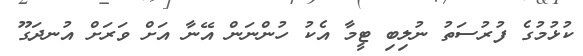
ކުޅުމުގެ ފުރުސަތު ނުލިބި ޓީމާ އެކު ހުންނަން އޭނާ އަށް ވަރަށް އުނދަގޫ